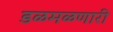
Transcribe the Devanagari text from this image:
डळमळणारी